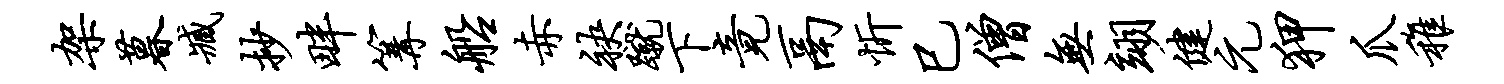
架暮臧抄畔篝船赤袂蹴下竟鬲忻巳僧无翊健元狎爪稚